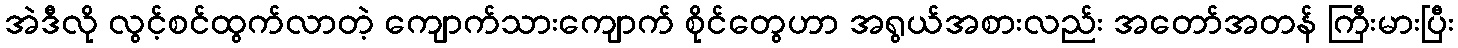
အဲဒီလို လွင့်စင်ထွက်လာတဲ့ ကျောက်သားကျောက် စိုင်တွေဟာ အရွယ်အစားလည်း အတော်အတန် ကြီးမားပြီး